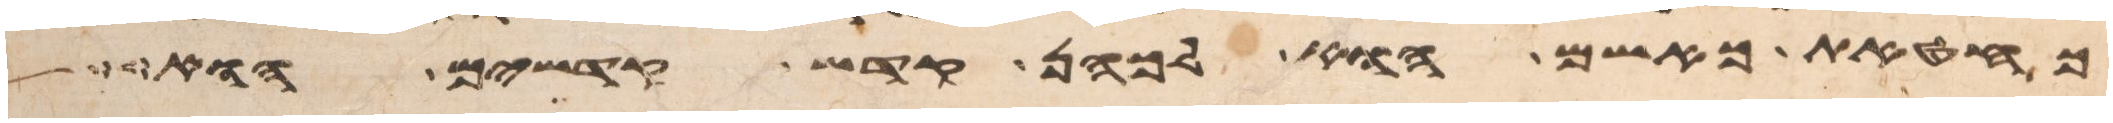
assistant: כחטאת כאשם הוא לכהן קדש קדשים הוא